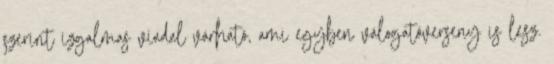
szerint izgalmas viadal várható, ami egyben válogatóverseny is lesz.